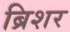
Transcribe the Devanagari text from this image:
ब्रिशर